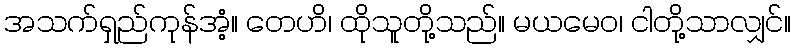
အသက်ရှည်ကုန်အံ့။ တေဟိ၊ ထိုသူတို့သည်။ မယမေဝ၊ ငါတို့သာလျှင်။